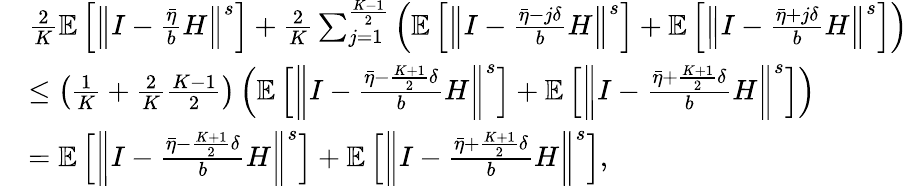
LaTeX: \begin{array}{rl}&{\frac{2}{K}\mathbb{E}\left[\left\Vert I-\frac{\bar{\eta}}{b}H\right\Vert^{s}\right]+\frac{2}{K}\sum_{j=1}^{\frac{K-1}{2}}\left(\mathbb{E}\left[\left\Vert I-\frac{\bar{\eta}-j\delta}{b}H\right\Vert^{s}\right]+\mathbb{E}\left[\left\Vert I-\frac{\bar{\eta}+j\delta}{b}H\right\Vert^{s}\right]\right)}\\ &{\leq\left(\frac{1}{K}+\frac{2}{K}\frac{K-1}{2}\right)\left(\mathbb{E}\left[\left\Vert I-\frac{\bar{\eta}-\frac{K+1}{2}\delta}{b}H\right\Vert^{s}\right]+\mathbb{E}\left[\left\Vert I-\frac{\bar{\eta}+\frac{K+1}{2}\delta}{b}H\right\Vert^{s}\right]\right)}\\ &{=\mathbb{E}\left[\left\Vert I-\frac{\bar{\eta}-\frac{K+1}{2}\delta}{b}H\right\Vert^{s}\right]+\mathbb{E}\left[\left\Vert I-\frac{\bar{\eta}+\frac{K+1}{2}\delta}{b}H\right\Vert^{s}\right],}\end{array}